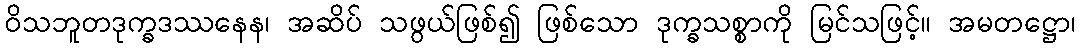
ဝိသဘူတဒုက္ခဒဿနေန၊ အဆိပ် သဖွယ်ဖြစ်၍ ဖြစ်သော ဒုက္ခသစ္စာကို မြင်သဖြင့်။ အမတဋ္ဌော၊